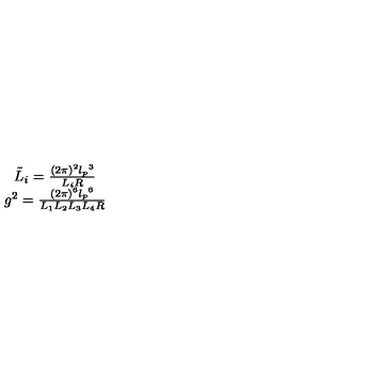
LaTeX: \begin{array} { r c l } { } & { \tilde { L } _ { i } = \frac { ( 2 \pi ) ^ { 2 } { l _ { p } } ^ { 3 } } { L _ { i } R } } \\ { } & { g ^ { 2 } = \frac { ( 2 \pi ) ^ { 6 } { l _ { p } } ^ { 6 } } { L _ { 1 } L _ { 2 } L _ { 3 } L _ { 4 } R } } \\ \end{array}